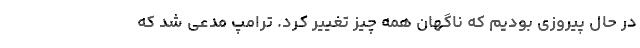
در حال پیروزی بودیم که ناگهان همه چیز تغییر کرد. ترامپ مدعی شد که